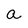
Character: a